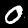
Label: 0